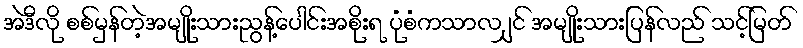
အဲဒီလို စစ်မှန်တဲ့အမျိုးသားညွန့်ပေါင်းအစိုးရ ပုံစံကသာလ ျှင် အမျိုးသားပြန်လည် သင့်မြတ်